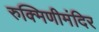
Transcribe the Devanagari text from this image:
रुक्मिणीमंदिर